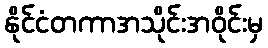
နိုင်ငံတကာအသိုင်းအဝိုင်းမှ